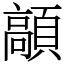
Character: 䯪